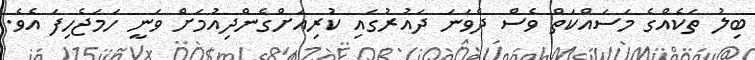
ބިލު ތަކެއްގެ މަސައްކަތް ވެސް ދެވަނަ ދައުރުގައި ކުރިއަށްގެންދިއުމަށް ވަނީ ހަމަޖެހިފަ އެވެ.